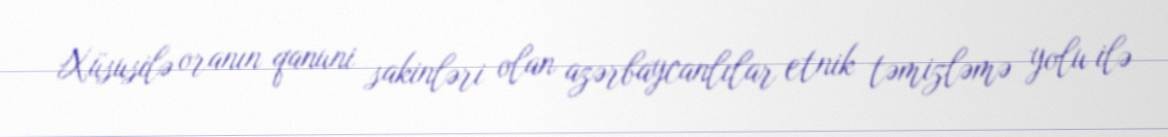
Xüsusilə oranın qanuni sakinləri olan azərbaycanlılar etnik təmizləmə yolu ilə